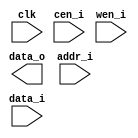
module tq_ram_sp_32x16 (
  data_o    , 
  clk       , 
  cen_i     , // low active
  wen_i     , // low active
  addr_i    , 
  data_i
);

//--- input/output ------------------------------------------------
  input               clk     ;
  input               cen_i   ;
  input               wen_i   ;
  input   [5 -1 :0]   addr_i  ;
  input   [16-1 :0]   data_i  ;
  output  [16-1 :0]   data_o  ;

`ifdef RTL_MODEL

ram_1p #(
      .Word_Width (  16  ),
      .Addr_Width (  5   )
      ) u_ram_1p(
          .clk    ( clk           ),
          .cen_i  ( cen_i         ),
          .oen_i  ( 1'b0          ),
          .wen_i  ( wen_i         ),
          .addr_i ( addr_i        ),
          .data_i ( data_i        ),      
          .data_o ( data_o        )          
);

`endif

`ifdef XM_MODEL 
rfsphd_32x16 u_rfsphd_32x16(
          .Q      ( data_o        ), // output data
          .CLK    ( clk           ), // clk
          .CEN    ( cen_i         ), // low active
          .WEN    ( wen_i         ), // low active
          .A      ( addr_i        ), // address
          .D      ( data_i        ), // input data
          .EMA    ( 3'b1 ), 
          .EMAW   ( 2'b0 ),
          .RET1N  ( 1'b1 )
  );
`endif 
endmodule